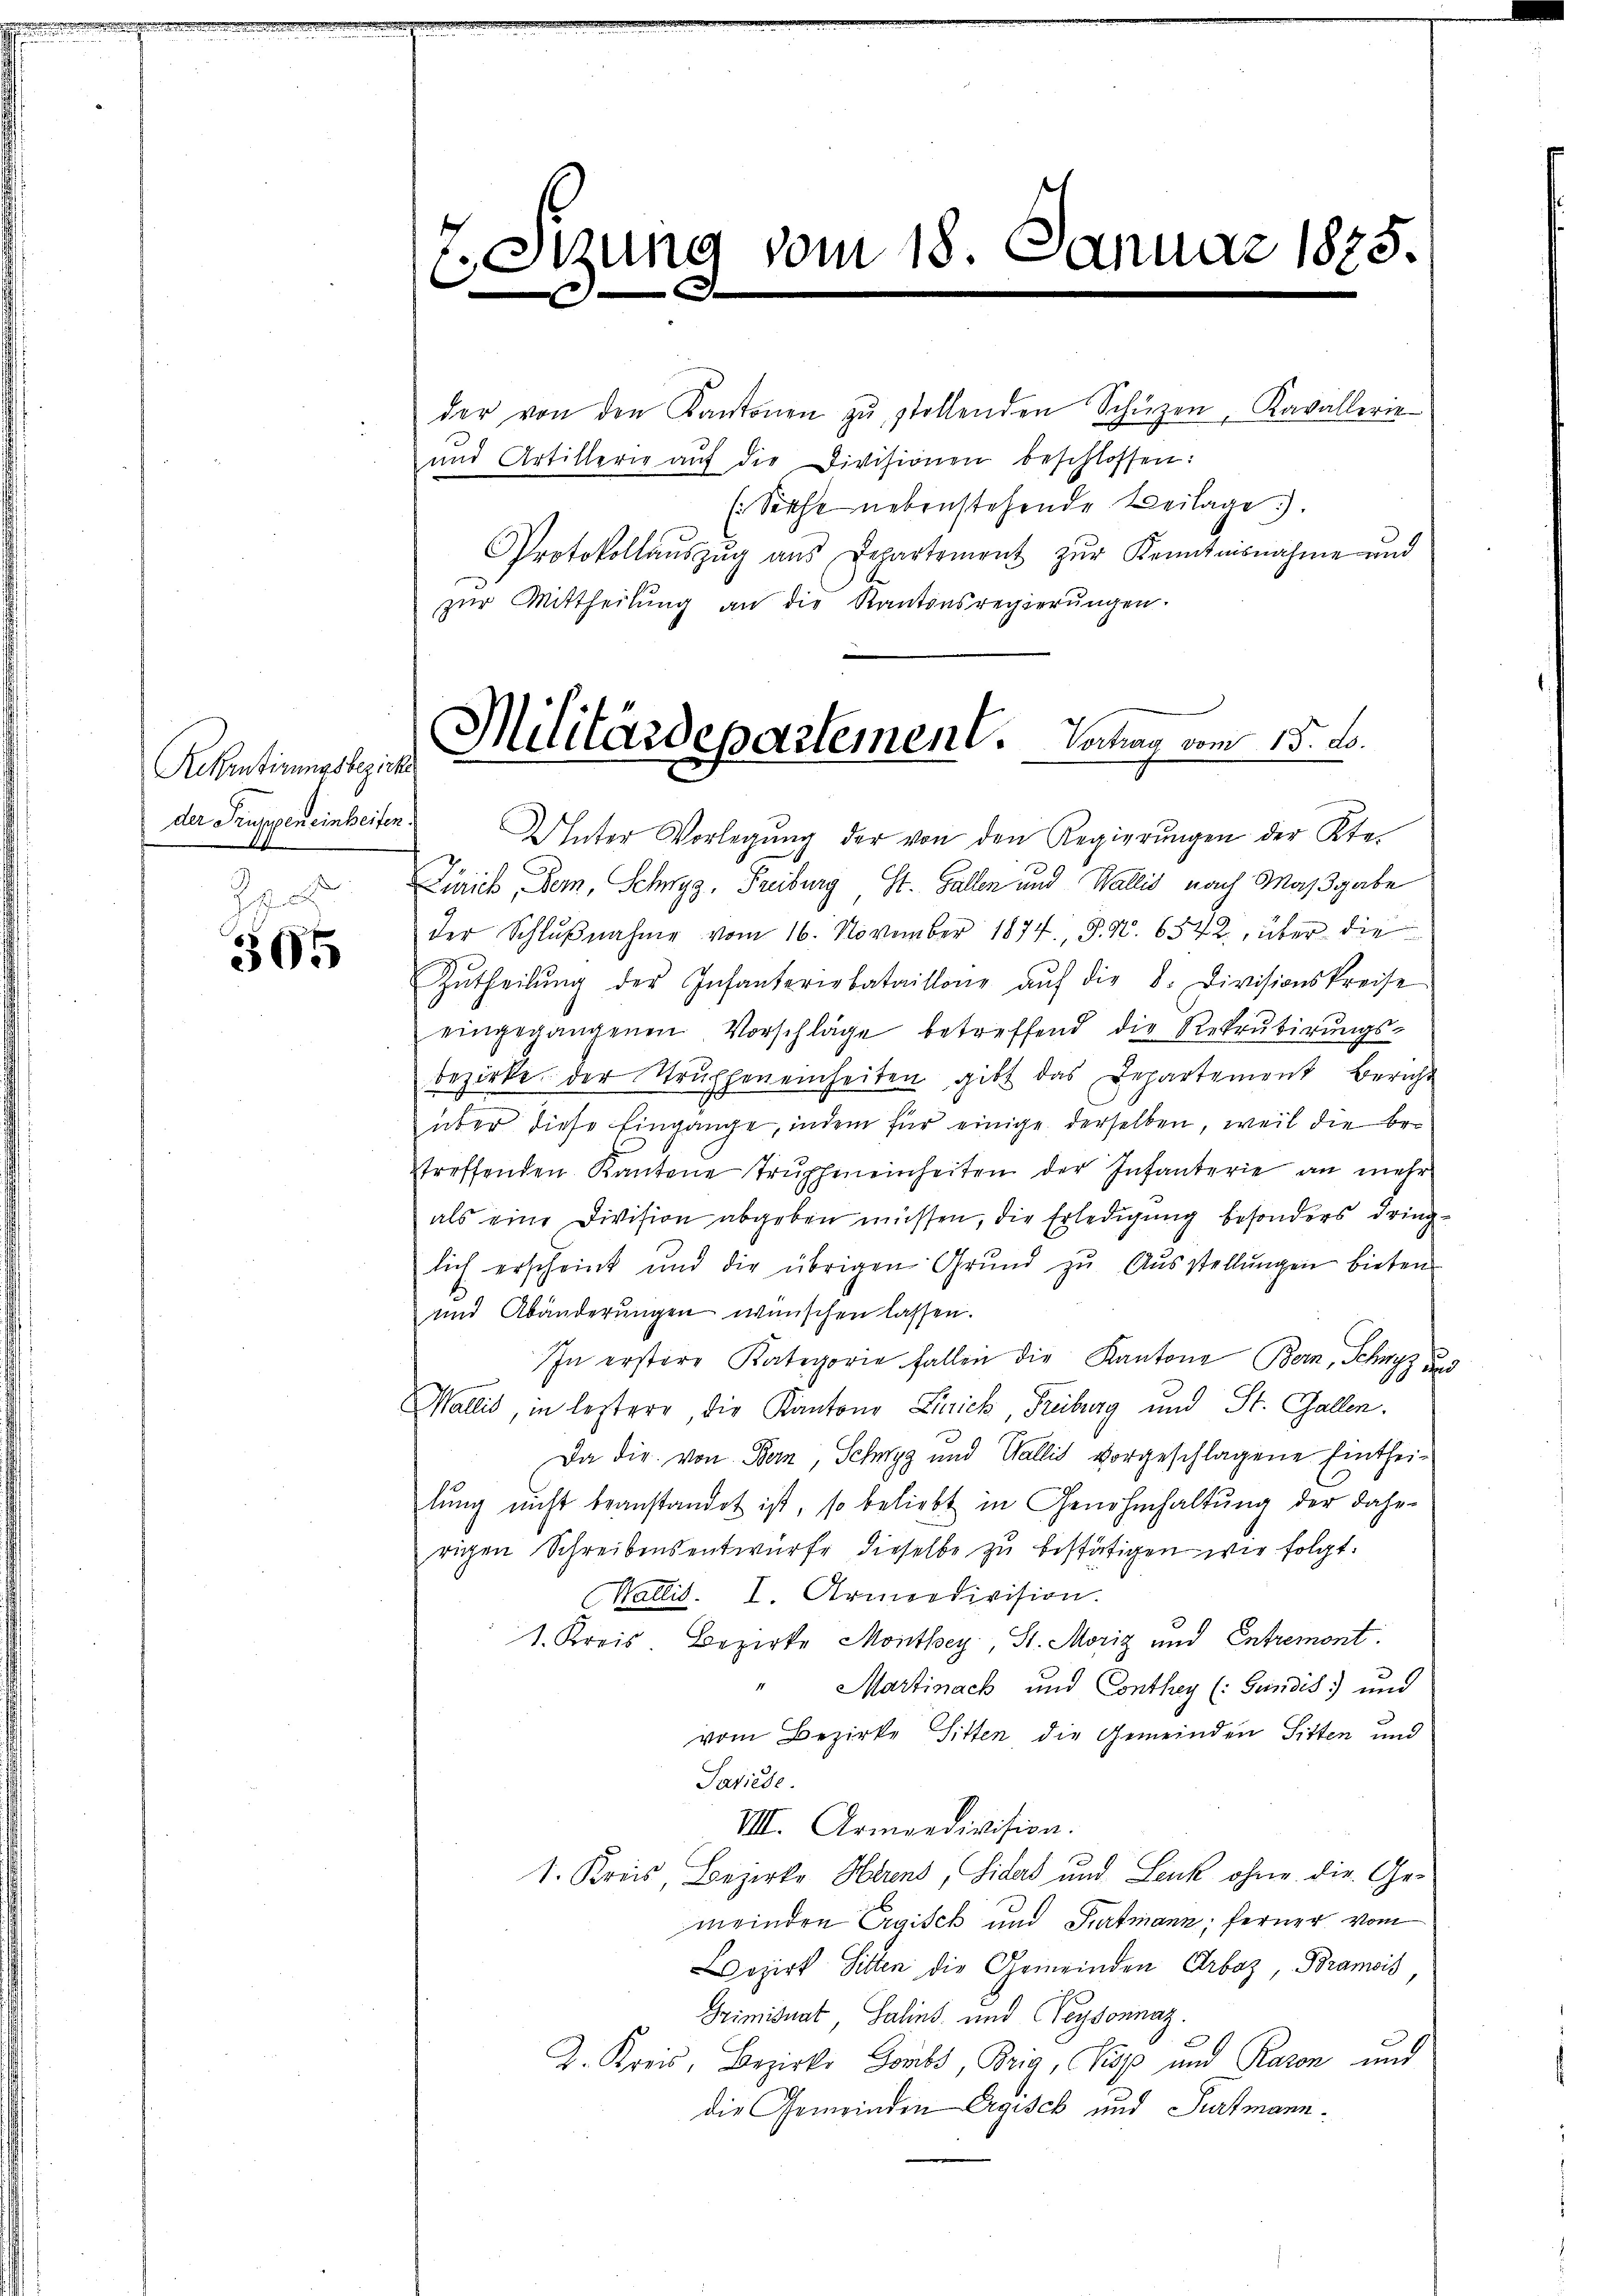
Rekrutirungsbezirke.
R.

505

der von den Kantonen zŭ stellenden Schüzen, Kavallerie
und Artillerie aŭf die Divisionen beschlossen:
Protokollaŭszŭg aŭs Departement zŭr Kenntnisnahme und
zur Mittheilung an die Kantonsregierungen.

7.Sizung vom 18. Januar 1875.
b
d

(Selche nebenstehende Beilage).

Militärdepartement. Vertrag vom 15. d.

der Truppeneinheiten Unter Vorlegung der von den Regierungen der Kle¬
Zürich, Bern, Schwyz, Freiburg, St. Gallen und Wallis nach Maßgabe
der Schlŭβnahme vom 16. November 1874, S. Nr. 6542, über die
Zŭtheilŭng der Infanteriebataillone aŭf die 8. Divisionskreise
eingegangenen Vorschläge betreffend die Rekrutierŭngs-
bezirke der Strutheneinheiten gibt das Departement Bericht
über diese Eingange, indem für einige derselben, weil die betreffenden Kantone Trŭphmeinheiten der Infanterie an mehr
als eine Division abgeben müssen, die Erledigung besonders dringlich erscheint und die übrigen Grŭnd zŭ Aŭsstellŭngen bieten
und Abänderŭngen wünschen lassen.
IIn erstere Kategorie fallen die Kantone Bern, Schwyz und
Wallis, in leztere, die Kantone Linick, Freiburg und St. Gallen.
Da die von Bern, Schwyz und Wallis vorgeschlagene Eintheilŭng nicht beanstandet ist, so beliebt in Genehmhaltŭng der daher
rigen Schreibensentwurfe dieselbe zu bestätigen wir folgt.
Wallis. I. Armeedivision.
1. Kreis. Bezirke Monthey, St. Moriz und Entremont.
Martinach und Conthey (: Gündis und
vom Bezirke Sitten, die Gemeinden Sitten und
Sariese.
VIII. Armendivision.
1. Kreis, Bezirke Herens, Siders und Leuk ohne die Gemeinden Ergisch und Partmann; ferner vom
ozirt Sitten die Gemeinden Arboz, Bramois
Griminat Salins und Weysonnaz.
A. Kreis, Bezirks Goubs, Bria, Kisp und Raron und
die Gemeinden Ergisch und Furtmann¬